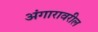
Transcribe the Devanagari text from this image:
अंगारावरील